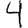
Digit: 4